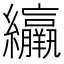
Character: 䌴